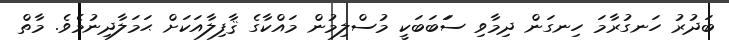
ބަދުރު ހަނގުރާމަ ހިނގަން ދިމާވި ސަަބަބަކީ މުސްލިމުން މައްކާގެ ޤާފިލާއަކަށް ޙަމަލާދިނުމެވެ. މާތް